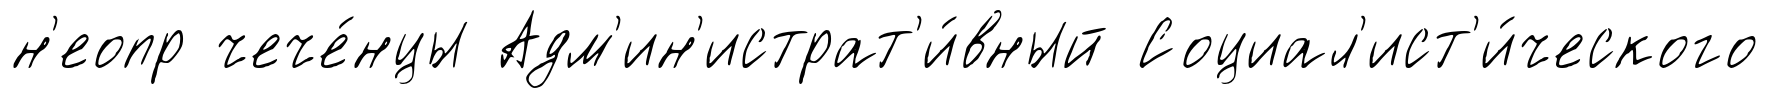
н'еопр чече́нцы Адм'ин'истрат'и́вный Социал'ист'и́ческого